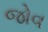
જોવ